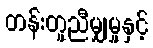
တန်းတူညီမျှမှုနှင့်